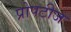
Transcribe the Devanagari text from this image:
प्रोपटीज